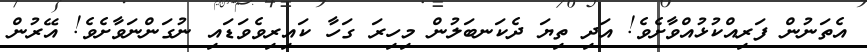
އެތަނުން ފަރިއްކުޅުއްވާށެވެ! އަދި ތިޔަ ދެކަނބަލުން މިހިރަ ގަހާ ކައިރިވެވަޑައި ނުގަންނަވާށެވެ! އޭރުން